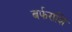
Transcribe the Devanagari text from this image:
बर्फराशि